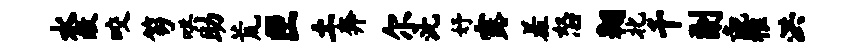
水赦咬笏哄助荒匣土奔尔沈妤露羞怒翱北千副彘稚洪